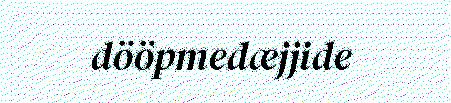
dööpmedæjjide